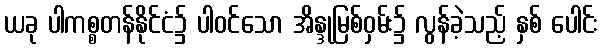
ယခု ပါကစ္စတန်နိုင်ငံ၌ ပါဝင်သော အိန္ဒုမြစ်ဝှမ်း၌ လွန်ခဲ့သည့် နှစ် ပေါင်း